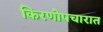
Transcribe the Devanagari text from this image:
किरणोपचारात